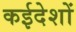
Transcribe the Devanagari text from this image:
कईदेशों